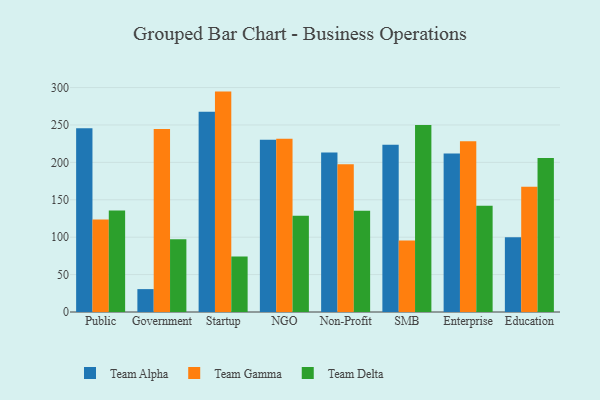
{"axis": {"x": "Segment", "y": "Demand Index"}, "legend": ["Team Alpha", "Team Delta", "Team Gamma"], "data": [{"x": "Public", "y": 245.7, "type": "Team Alpha"}, {"x": "Public", "y": 123.8, "type": "Team Gamma"}, {"x": "Public", "y": 135.8, "type": "Team Delta"}, {"x": "Government", "y": 30.6, "type": "Team Alpha"}, {"x": "Government", "y": 244.6, "type": "Team Gamma"}, {"x": "Government", "y": 97.2, "type": "Team Delta"}, {"x": "Startup", "y": 267.8, "type": "Team Alpha"}, {"x": "Startup", "y": 294.6, "type": "Team Gamma"}, {"x": "Startup", "y": 74.1, "type": "Team Delta"}, {"x": "NGO", "y": 230.2, "type": "Team Alpha"}, {"x": "NGO", "y": 231.6, "type": "Team Gamma"}, {"x": "NGO", "y": 128.5, "type": "Team Delta"}, {"x": "Non-Profit", "y": 213.2, "type": "Team Alpha"}, {"x": "Non-Profit", "y": 197.4, "type": "Team Gamma"}, {"x": "Non-Profit", "y": 135.2, "type": "Team Delta"}, {"x": "SMB", "y": 223.6, "type": "Team Alpha"}, {"x": "SMB", "y": 95.7, "type": "Team Gamma"}, {"x": "SMB", "y": 249.8, "type": "Team Delta"}, {"x": "Enterprise", "y": 211.7, "type": "Team Alpha"}, {"x": "Enterprise", "y": 228.2, "type": "Team Gamma"}, {"x": "Enterprise", "y": 142.0, "type": "Team Delta"}, {"x": "Education", "y": 99.8, "type": "Team Alpha"}, {"x": "Education", "y": 167.4, "type": "Team Gamma"}, {"x": "Education", "y": 205.7, "type": "Team Delta"}]}